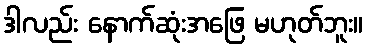
ဒါလည်း နောက်ဆုံးအဖြေ မဟုတ်ဘူး။